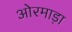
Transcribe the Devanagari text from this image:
ओरमाड़ा